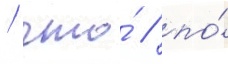
/ что́ / по́